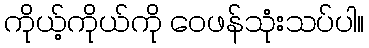
ကိုယ့်ကိုယ်ကို ဝေဖန်သုံးသပ်ပါ။